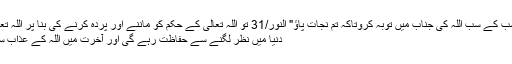
اے مسلمانوں تو سب کے سب اللہ کی جناب میں توبہ کروتاکہ تم نجات پاؤ" النور/31 تو اللہ تعالی کے حکم کو ماننے اور پردہ کرنے کی بنا پر اللہ تعالی کے حکم سے
دنیا میں نظر لگنے سے حفاظت رہے گی اور آخرت میں اللہ کے عذاب سے حفاظت ہوگی۔